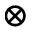
\otimes